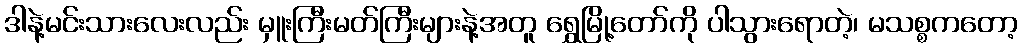
ဒါနဲ့မင်းသားလေးလည်း မှူးကြီးမတ်ကြီးများနဲ့အတူ ရွှေမြို့တော်ကို ပါသွားရောတဲ့၊ မသစ္စကတော့